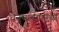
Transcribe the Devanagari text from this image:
धनुष्यबाणाचा